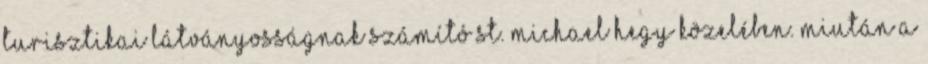
turisztikai látványosságnak számító St. Michael hegy közelében. Miután a